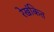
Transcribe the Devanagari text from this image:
रेखंकित